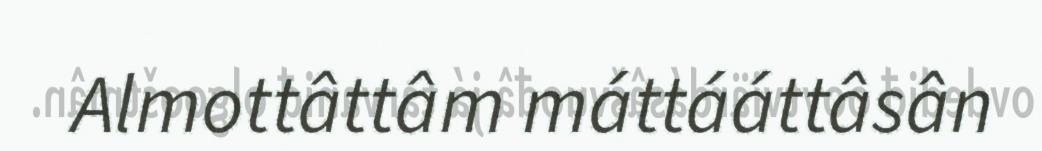
Almottâttâm máttááttâsân